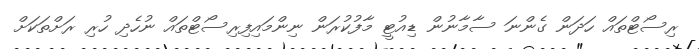
ރިސޯޓްތައް ހަދަން ގެންނަ ސާމާނުން ޑިއުޓީ މާފުކުރަން ނިންމައިފިރިސޯޓްތައް ނުހެދި ހުރި ރަށްތަކަށް